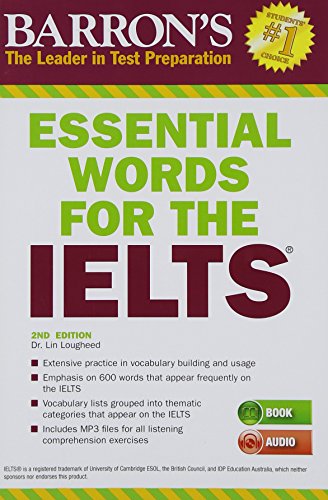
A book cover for Essential Words for the IELTS with MP3 CD, 2nd Edition (Barron's Essential Words for the Ielts (W/CD)); Dr. Lin Lougheed; Test Preparation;